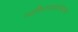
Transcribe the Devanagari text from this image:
व्यक्तिस्वातंत्र्याला